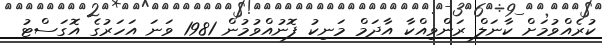
ކުރެއްވުމަށް ކާނަލް ރަންވިއްކާ އާދަމް މަނިކު ފޮނުއްވުމުން 1981 ވަނަ އަހަރުގެ އޮގަސްޓު